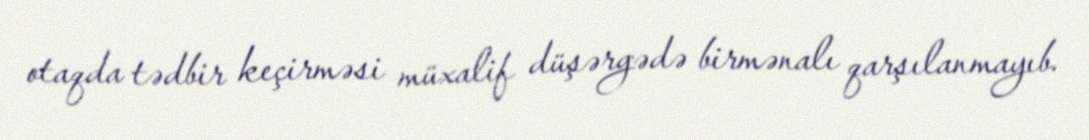
otaqda tədbir keçirməsi müxalif düşərgədə birmənalı qarşılanmayıb.